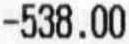
-538.00